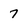
Character: 7